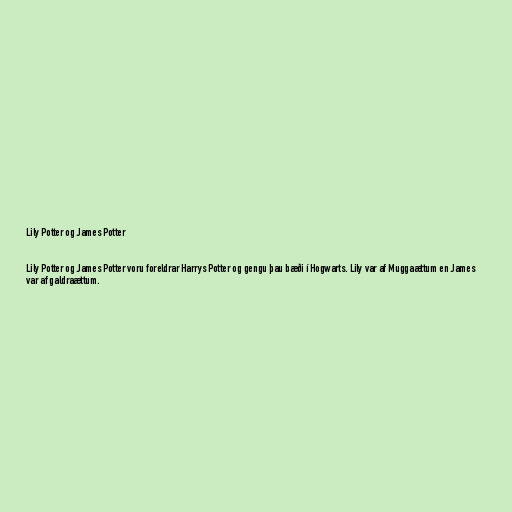
Lily Potter og James Potter

Lily Potter og James Potter voru foreldrar Harrys Potter og gengu þau bæði í Hogwarts. Lily var af Muggaættum en James
var af galdraættum.